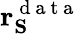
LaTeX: \mathbf{r}_{\mathbf{S}}^{\mathrm{~d~a~t~a~}}